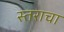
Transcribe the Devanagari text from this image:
स्तराचा